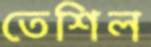
তেশিল